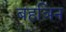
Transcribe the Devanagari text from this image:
बहञिन